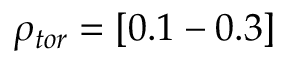
\rho _ { t o r } = [ 0 . 1 - 0 . 3 ]